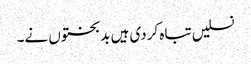
نسلیں تباہ کردی ہیں بدبختوں نے۔